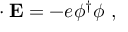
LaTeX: \mathbf { \nabla \cdot E } = - e \phi ^ { \dagger } \phi \ ,